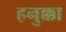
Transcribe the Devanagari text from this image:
हनुक्का